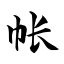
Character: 帐